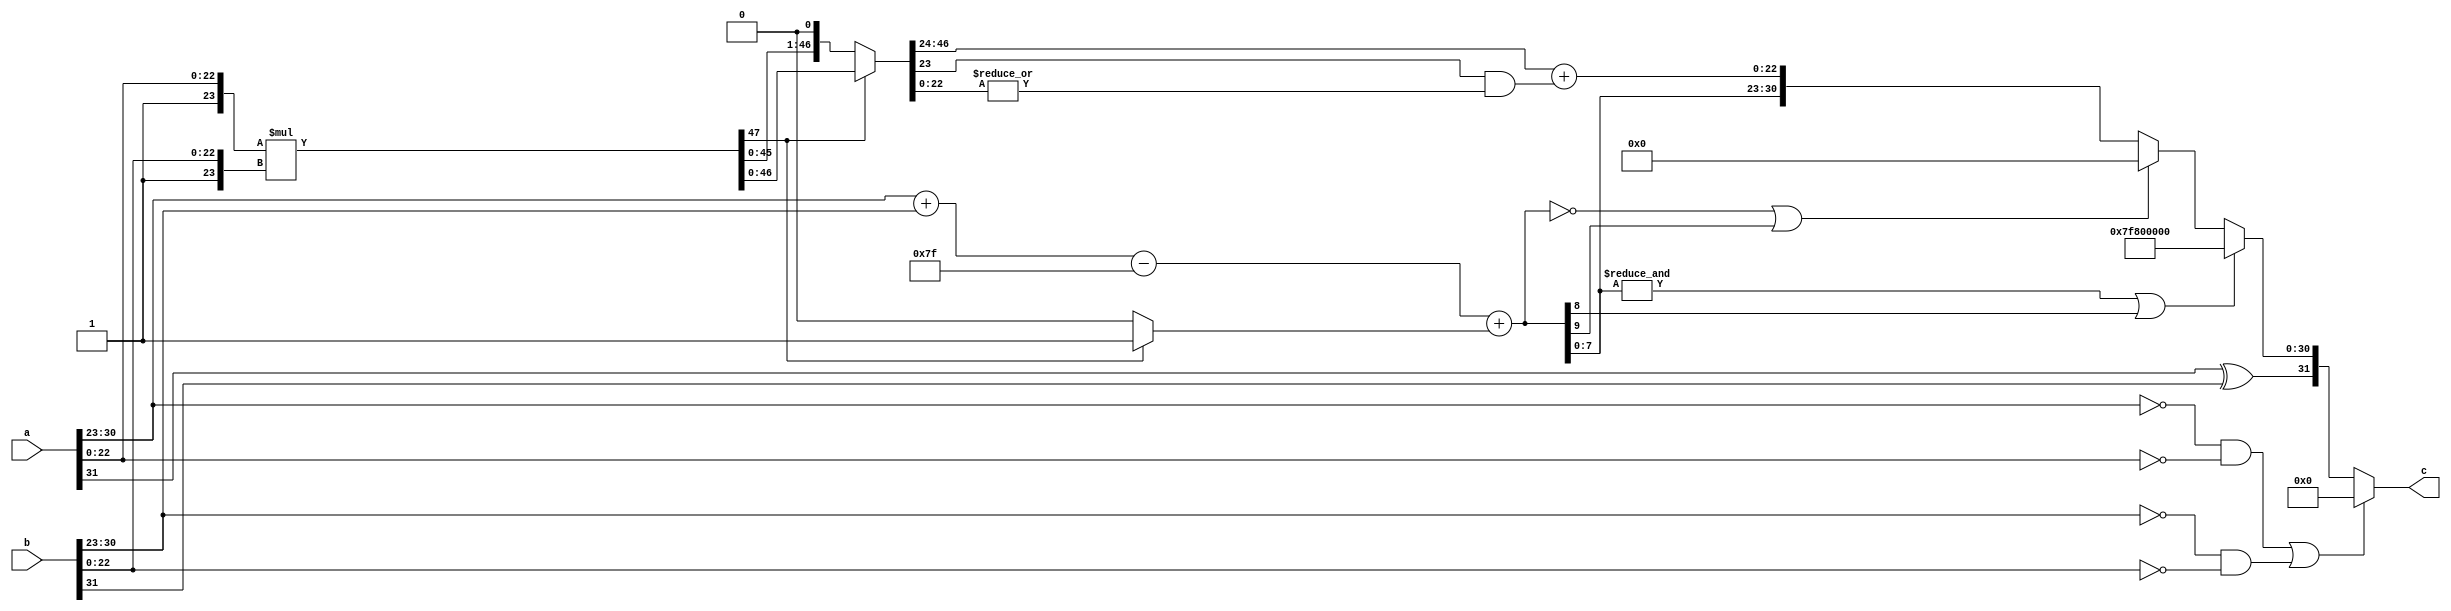
module model_layer_node_unit_multiplier(
    a,
    b,
    c
);

input [31:0] a;
input [31:0] b;
output [31:0] c;
wire s_a;
wire s_b;
wire [7:0] exp_a;
wire [7:0] exp_b;
wire [22:0] m_a;
wire [22:0] m_b;
wire overflow,underflow;
wire s_r;
wire signed  [9:0] exp_r;
//wire [22:0] m_r;
wire [47:0] m_r;
wire [47:0] i_r;
wire [22:0] n_r; 
wire zero = ((exp_a == 8'd0) && (m_a==23'd0)) | ((exp_b==8'd0)&&(m_b==23'd0));
assign s_a = a[31];
assign exp_a = a[30:23];
assign m_a=a[22:0];
assign s_b = b[31];
assign exp_b = b[30:23];
assign m_b=b[22:0];

assign s_r = s_a^s_b;
assign exp_r = exp_a + exp_b - 8'd127+shift_by;
assign overflow = &exp_r[7:0] | exp_r[8];
assign underflow = (exp_r == 0) | (exp_r[9]);
assign m_r = {1'b1,m_a} * {1'b1,m_b};
assign shift_by = m_r[47]? 1'b1 : 1'b0;
assign i_r = m_r[47] ? m_r : m_r << 1;
assign n_r = i_r[46:24] + (i_r[23] & (|i_r[22:0]));
assign c = zero ? 0 : overflow ? {s_r,8'hff,23'd0} : underflow ? {s_r,8'd0,23'd0} : {s_r,exp_r[7:0],n_r};

endmodule